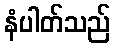
နံပါတ်သည်